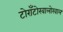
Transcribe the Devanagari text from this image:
टोराँटोखालोखाल